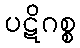
ပဋိဂစ္စ